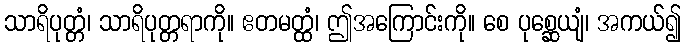
သာရိပုတ္တံ၊ သာရိပုတ္တရာကို။ ဧတမတ္ထံ၊ ဤအကြောင်းကို။ စေ ပုစ္ဆေယျံ၊ အကယ်၍